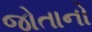
જોતાનો